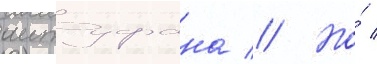
аитуфана // Но́ /